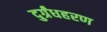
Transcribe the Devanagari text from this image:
दुर्ग्रंधहरण